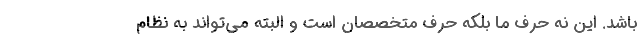
باشد. این نه حرف ما بلکه حرف متخصصان است و البته می‌تواند به نظام